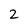
Character: 2